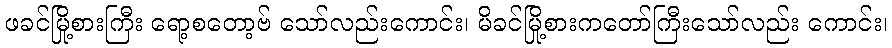
ဖခင်မြို့စားကြီး ရော့စတော့ဗ် သော်လည်းကောင်း၊ မိခင်မြို့စားကတော်ကြီးသော်လည်း ကောင်း၊